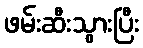
ဖမ်းဆီးသွားပြီး